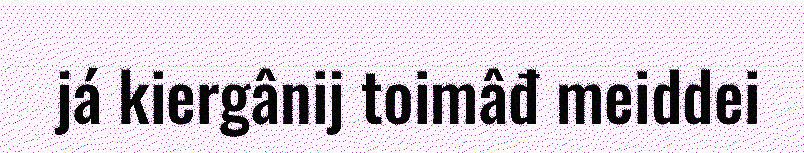
já kiergânij toimâđ meiddei